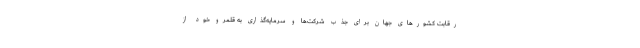
رقابت کشورهای جهان برای جذب شرکت‌ها و سرمایه‌گذاری به قلمرو خود از